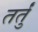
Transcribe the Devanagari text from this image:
तर्तुं